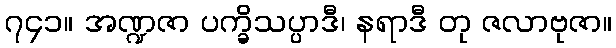
၇၄၁။ အဏ္ဍဇာ ပက္ခိသပ္ပာဒီ၊ နရာဒီ တု ဇလာဗုဇာ။